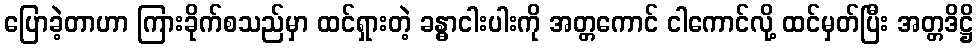
ပြောခဲ့တာဟာ ကြားခိုက်စသည်မှာ ထင်ရှားတဲ့ ခန္ဓာငါးပါးကို အတ္တကောင် ငါကောင်လို့ ထင်မှတ်ပြီး အတ္တဒိဋ္ဌိ